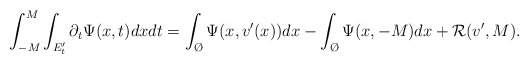
\begin{align*}\int_{-M}^M\int_{E_t'} \partial_t \Psi(x,t)dx dt=\int_{\O}\Psi(x,v'(x))dx-\int_{\O}\Psi(x,-M)dx+\mathcal{R}(v',M).\end{align*}